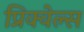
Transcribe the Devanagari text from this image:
प्रिक्वेल्स